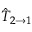
\hat { T } _ { 2 \to 1 }